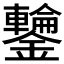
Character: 𮣣